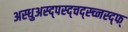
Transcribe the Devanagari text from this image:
अस्धुअस्द्पस्द्चद्स्च्नस्द्फ्